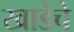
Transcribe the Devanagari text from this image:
खाडेचे